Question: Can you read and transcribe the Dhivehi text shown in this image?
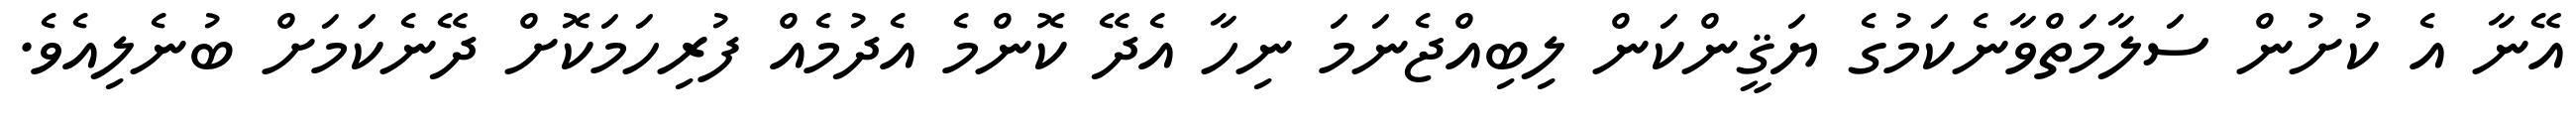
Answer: އޭނާ އެ ކުށުން ސަލާމަތްވާނެކަމުގެ ޔަޤީންކަން ލިބިއްޖެނަމަ ނިހާ އެދޭ ކޮންމެ އެދުމެއް ފުރިހަމަކޮށް ދޭނެކަމަށް ބުނެލިއެވެ.